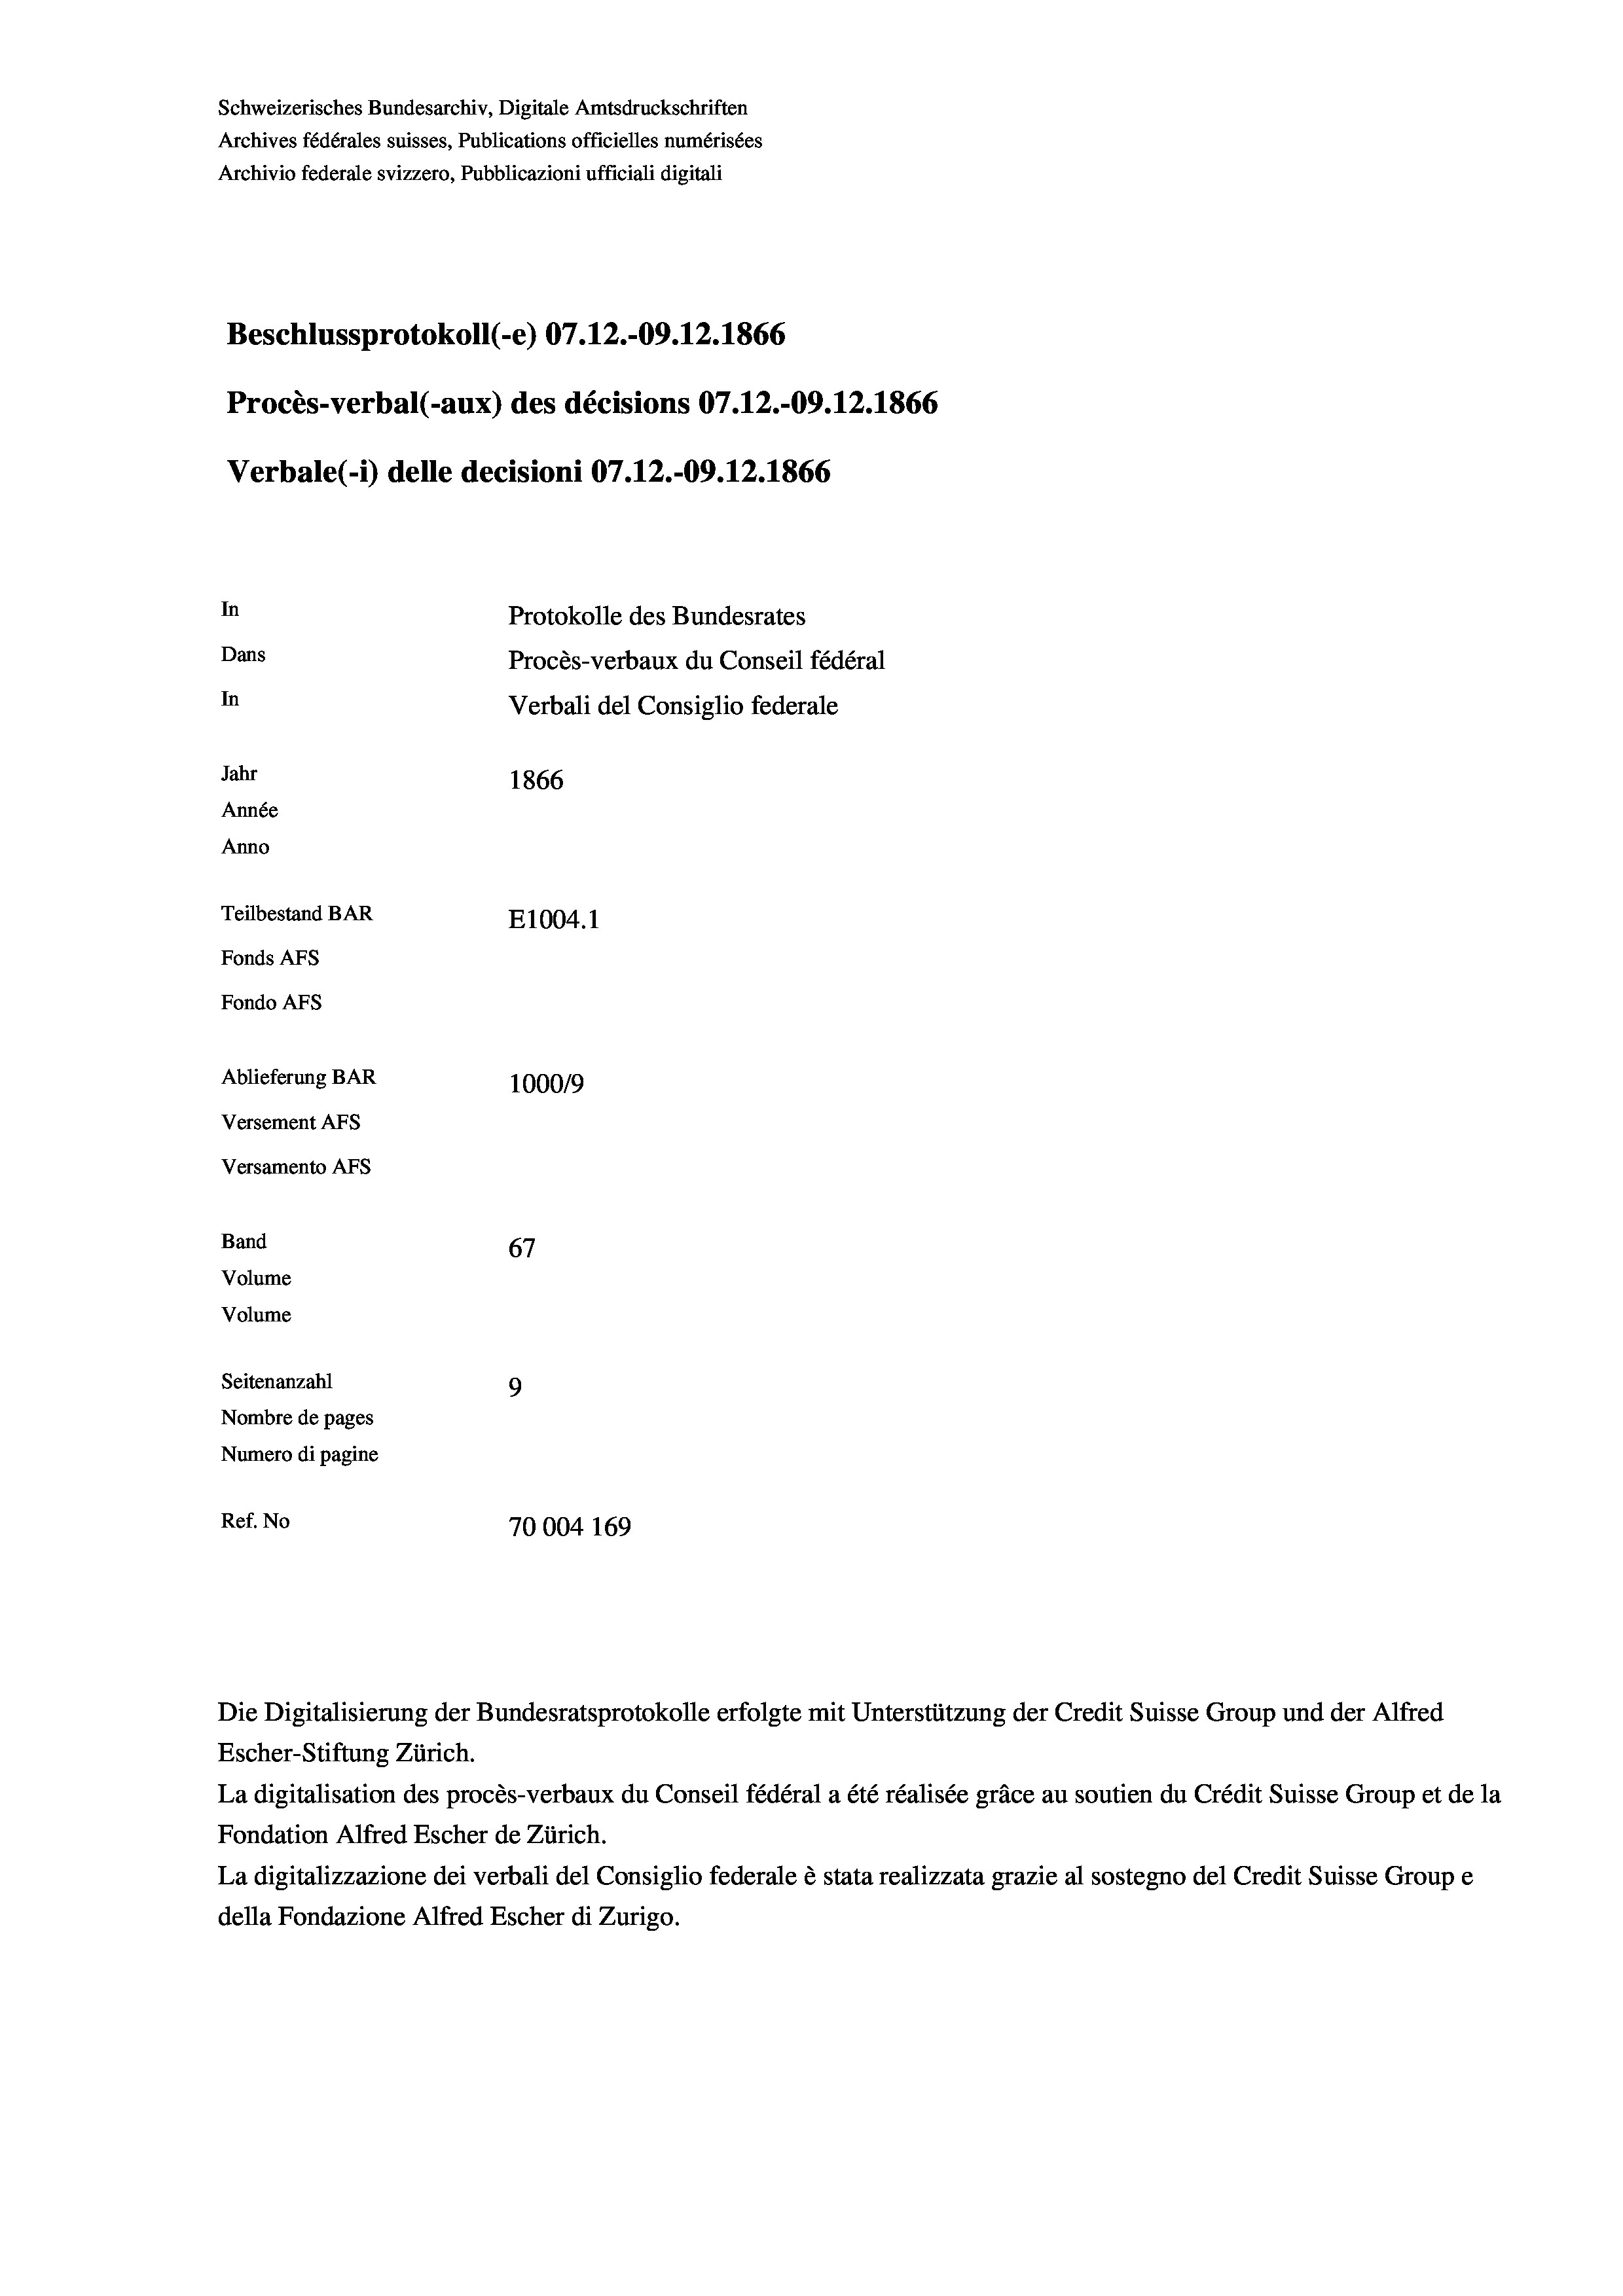
Schweizerisches Bundesarchiv, Digitale Amtsdruckschriften
Archives fédérales suisses, Publications officielles numérisées
Archivio federale svizzero, Pubblicazioni ufficiali digitali
Beschlussprotokoll (-e) 07.12.-09. 12. 1866
Procès-verbal (-aux) des décisions 07.12.-09. 12. 1866
Verbale (i) delle decisioni 07.12.-09. 12. 1866
In
Protokolle des Bundesrates
Dans
Procès-verbaux du Conseil fédéral
In
Verbali del Consiglio federale
Jahr
1866
Année
Anno
Teilbestand BAR
E1004.1
Fonds AFs
Fondo AFS

Ablieferung BAR
Versement As
Versamento AFs
Band
Volume
Volume

67
Seitenanzahl
9
Nombre de pages
Numero di pagine
Ref. No
70004 169

100019

Escher-Stiftung Zürich.
La digitalisation des procès-verbaux du Conseil fédéral a été réalisée gräce au soutien du Crédit Suisse Group et de la
Fondation Alfred Escher de Zürich.
La digitalizzazione dei verbali del Consiglio federale è stata realizzata grazie al sostegno del Credit Suisse Groupe
della Fondazione Alfred Escher di Zurigo.

Die Digitalisierung der Bundesratsprotokolle erfolgte mit Unterstützung der Credit Suisse Group und der Alfred